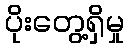
ပိုးတွေ့ရှိမှု